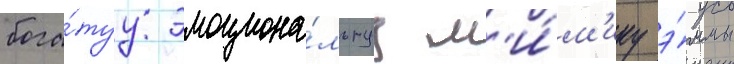
бога́туу эмоциона́льнуу м'и́м'ику э́ммы